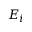
E _ { i }